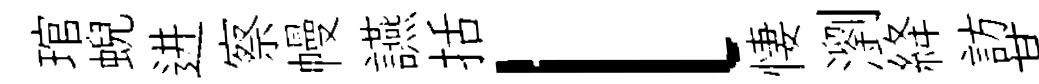
琯蜺进察幔讌括l悽瀏絳訪某